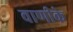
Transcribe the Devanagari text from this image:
वाणीके